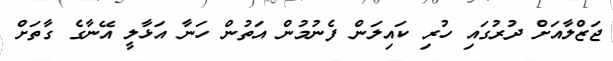
ޖަޒްލާއަށް ދުރުގައި ހުރި ކައިލަން ފެނުމުން އަތުން ހަނާ އަޅާލީ އޭނާގެ ގާތަށް